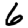
Digit: 6